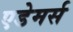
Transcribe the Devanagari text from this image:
एडेमर्स